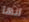
انها